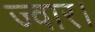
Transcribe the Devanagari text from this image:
ज्वार।